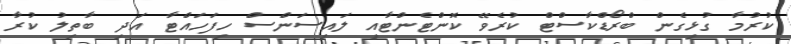
ކުުރުމާ ގުޅިގެން ބްރޯޑްކާސްޓް ކުރެވޭ ކޮންޓެންޓާއި ލައިސަންސް ހިފަހައްޓާ އަދި ބާތިލު ކުރާ